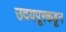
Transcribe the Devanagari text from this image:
उदयपूरकडून